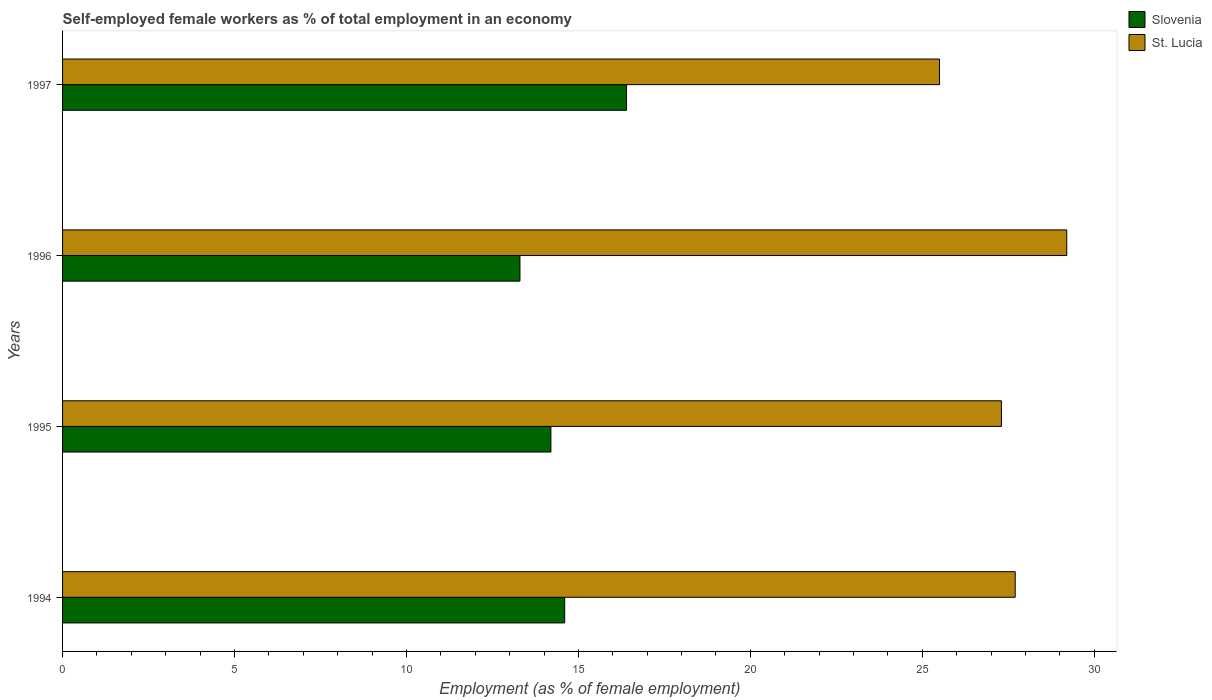
| Years | Slovenia | St. Lucia |
 | --- | --- | --- |
 | 1994 | 14.6 | 27.7 |
 | 1995 | 14.2 | 27.3 |
 | 1996 | 13.3 | 29.2 |
 | 1997 | 16.4 | 25.5 |